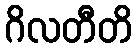
ဂိလတီတိ